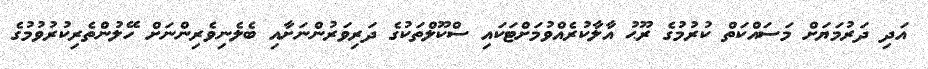
އަދި ދަރުމަޔަށް މަސައްކަތް ކުރުމުގެ ރޫޙު އާލާކުރެއްވުމަށްޓަކައި ސްކޫލްތަކުގެ ދަރިވަރުންނަށާއި ބެލެނިވެރިންނަށް ހޭލުންތެރިކުރުވުމުގެ